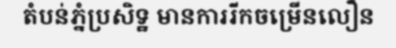
តំបន់ភ្នំប្រសិទ្ឋ មានការរីកចម្រើនលឿន